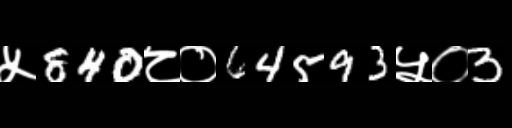
Text: ५840८०64593५०3